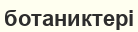
ботаниктері